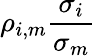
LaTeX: \rho_{i,m}{\frac{\sigma_{i}}{\sigma_{m}}}